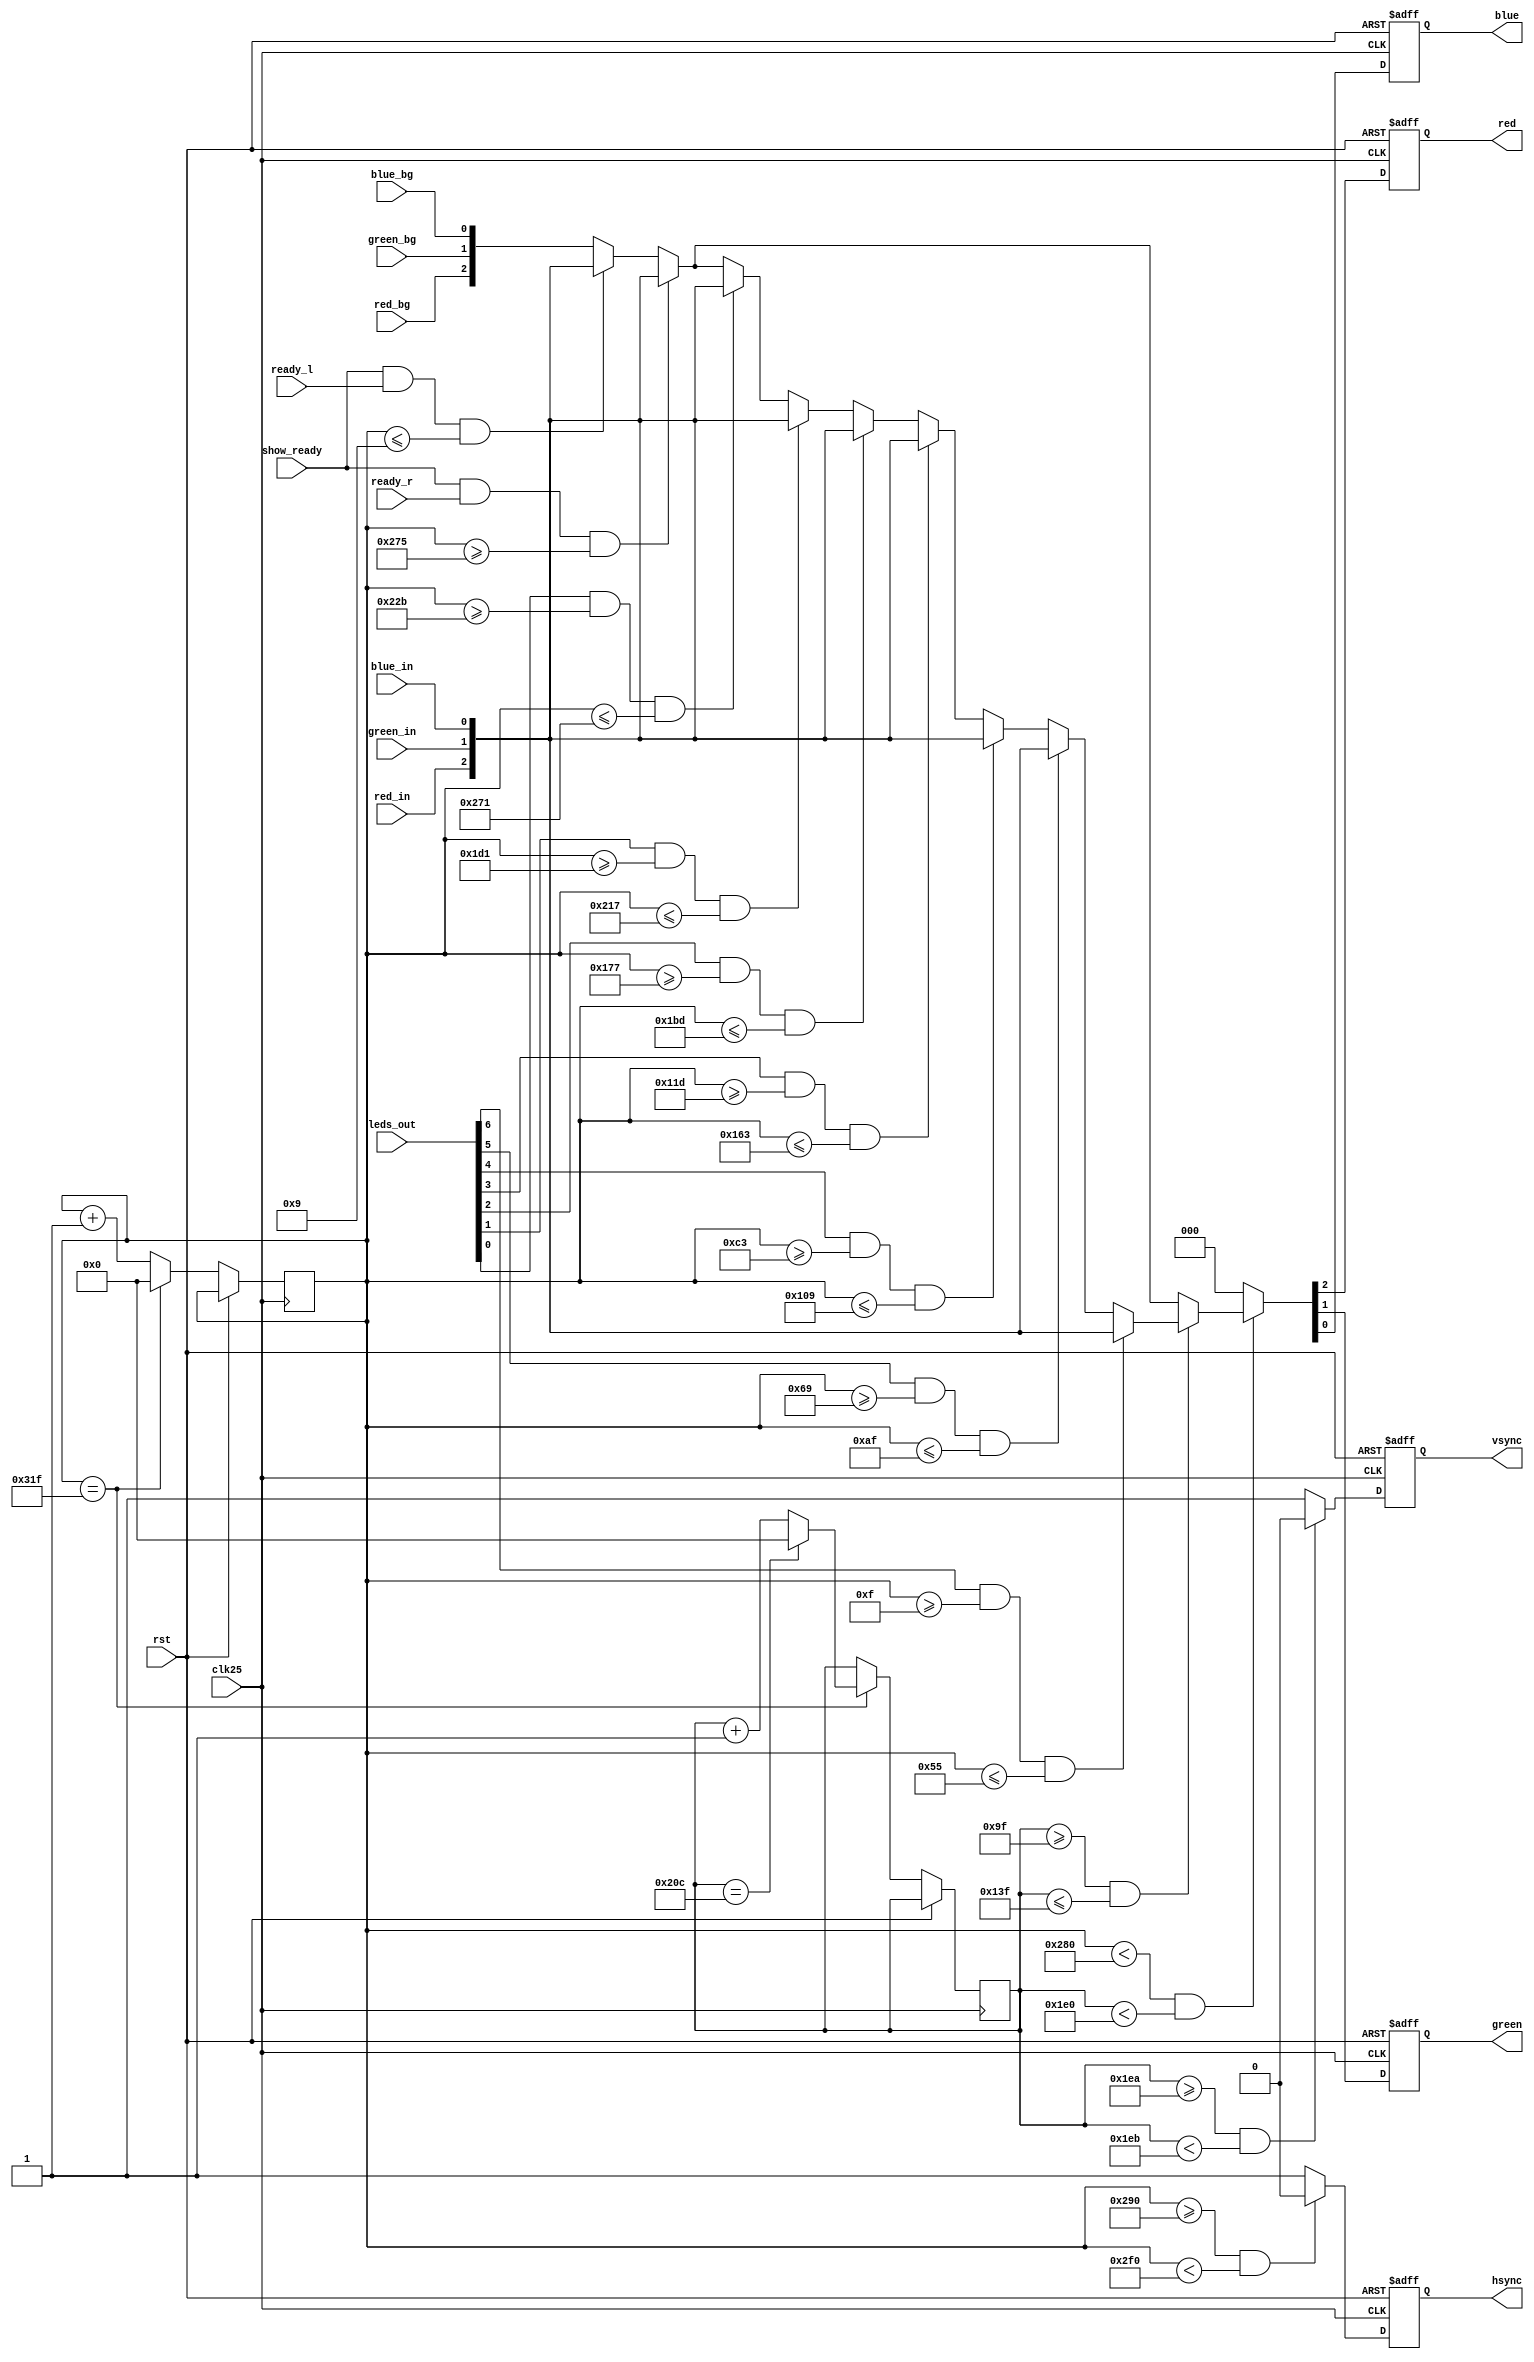
module VGA(
    output reg red,
    output reg green,
    output reg blue,
    output reg hsync,
    output reg vsync,
	 input red_in,
	 input green_in,
	 input blue_in,
	 input red_bg,
	 input green_bg,
	 input blue_bg,
	 input show_ready,
	 input ready_l,
	 input ready_r,
	 input [6:0] leds_out,
    input clk25,
    input rst
    );
	
	reg [9:0] hcounter, vcounter;

	always @(posedge clk25 or posedge rst)
	begin
		
		if (rst) {red, green, blue, hsync, vsync} <= {red_bg, green_bg, blue_bg, 0, 0};
		
		else begin
		
			if (hcounter == 799) begin
				hcounter <= 0;
				if (vcounter == 524)
					vcounter <= 0;
				else
					vcounter <= vcounter + 1;
			end else begin
				hcounter <= hcounter + 1;
			end
			
			if (vcounter >= 490 && vcounter < 491)
				vsync <= 0;
			else
				vsync <= 1;
				
			if (hcounter >= 656 && hcounter < 752)
				hsync <= 0;
			else
				hsync <= 1;
				
			if (hcounter < 640 && vcounter < 480) begin
			
				// background colour
				{red, green, blue} <= {red_bg, green_bg, blue_bg};			
				
				// reset bars
				if (show_ready && ready_l && hcounter <= 9)
					{red, green, blue} <= {red_in, green_in, blue_in};
					
				if (show_ready && ready_r && hcounter >= 629)				
					{red, green, blue} <= {red_in, green_in, blue_in};
				
				// LEDs
				if (vcounter >= 159 && vcounter <= 319)
					
					if (leds_out[6] && hcounter >= 15 && hcounter <= 85)
						{red, green, blue} <= {red_in, green_in, blue_in};
					else if (leds_out[5] && hcounter >= 105 && hcounter <= 175)
						{red, green, blue} <= {red_in, green_in, blue_in};
					else if (leds_out[4] && hcounter >= 195 && hcounter <= 265)
						{red, green, blue} <= {red_in, green_in, blue_in};
					else if (leds_out[3] && hcounter >= 285 && hcounter <= 355)
						{red, green, blue} <= {red_in, green_in, blue_in};
					else if (leds_out[2] && hcounter >= 375 && hcounter <= 445)
						{red, green, blue} <= {red_in, green_in, blue_in};
					else if (leds_out[1] && hcounter >= 465 && hcounter <= 535)
						{red, green, blue} <= {red_in, green_in, blue_in};
					else if (leds_out[0] && hcounter >= 555 && hcounter <= 625)
						{red, green, blue} <= {red_in, green_in, blue_in};

			end else begin
			
				// don't display anything
				{red, green, blue} <= {0, 0, 0};
			
			end
			
		end // if(rst)
	end //module

endmodule